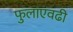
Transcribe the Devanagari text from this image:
फुलांएवढी